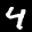
Label: 4